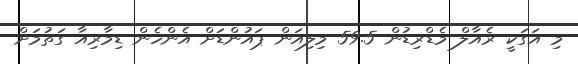
މި އަގަކީ ރެއާލް މެޑްރިޑުން 59.5 މިލިއަން ޕައުންޑަށް އެންހެން ޑިމާރިއާ ގަތުމަށް